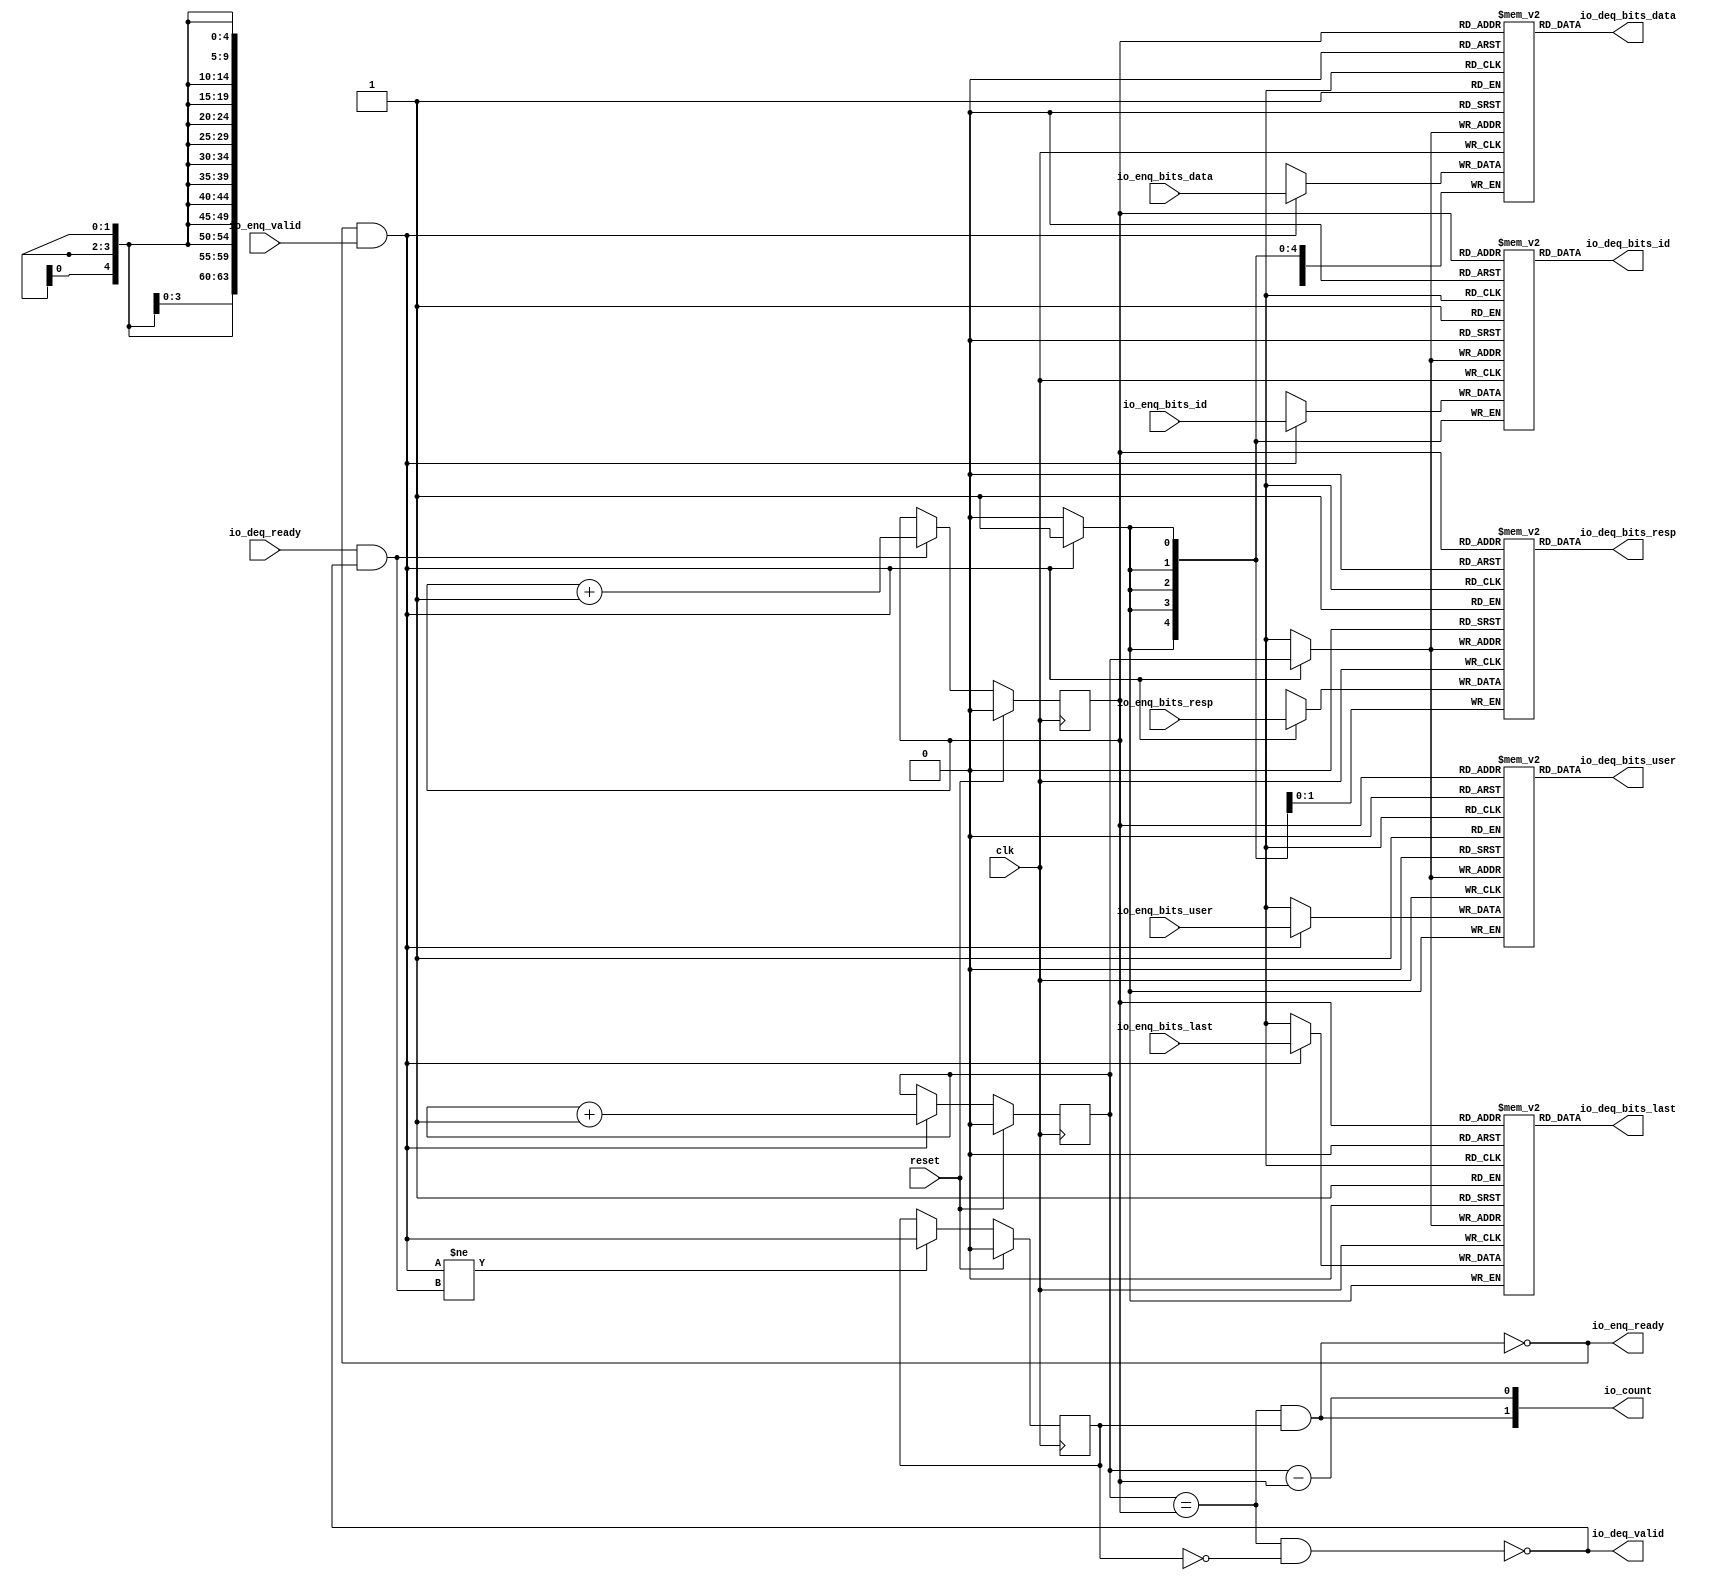
module PROC_SUBSYSTEM_CORERISCV_AXI4_0_CORERISCV_AXI4_QUEUE_13(
  input   clk,
  input   reset,
  output  io_enq_ready,
  input   io_enq_valid,
  input  [1:0] io_enq_bits_resp,
  input  [63:0] io_enq_bits_data,
  input   io_enq_bits_last,
  input  [4:0] io_enq_bits_id,
  input   io_enq_bits_user,
  input   io_deq_ready,
  output  io_deq_valid,
  output [1:0] io_deq_bits_resp,
  output [63:0] io_deq_bits_data,
  output  io_deq_bits_last,
  output [4:0] io_deq_bits_id,
  output  io_deq_bits_user,
  output [1:0] io_count
);
  `ifdef USE_REGISTERS
    reg [1:0] ram_resp [0:1] /* synthesis syn_ramstyle = "registers" */;
  `else
    reg [1:0] ram_resp [0:1];
  `endif
  reg [31:0] GEN_0;
  wire [1:0] ram_resp_T_94_data;
  wire  ram_resp_T_94_addr;
  wire  ram_resp_T_94_en;
  wire [1:0] ram_resp_T_73_data;
  wire  ram_resp_T_73_addr;
  wire  ram_resp_T_73_mask;
  wire  ram_resp_T_73_en;
  `ifdef USE_REGISTERS
    reg [63:0] ram_data [0:1] /* synthesis syn_ramstyle = "registers" */;
  `else
    reg [63:0] ram_data [0:1];
  `endif
  reg [63:0] GEN_1;
  wire [63:0] ram_data_T_94_data;
  wire  ram_data_T_94_addr;
  wire  ram_data_T_94_en;
  wire [63:0] ram_data_T_73_data;
  wire  ram_data_T_73_addr;
  wire  ram_data_T_73_mask;
  wire  ram_data_T_73_en;
  reg  ram_last [0:1];
  reg [31:0] GEN_2;
  wire  ram_last_T_94_data;
  wire  ram_last_T_94_addr;
  wire  ram_last_T_94_en;
  wire  ram_last_T_73_data;
  wire  ram_last_T_73_addr;
  wire  ram_last_T_73_mask;
  wire  ram_last_T_73_en;
  `ifdef USE_REGISTERS
    reg [4:0] ram_id [0:1] /* synthesis syn_ramstyle = "registers" */;
  `else
    reg [4:0] ram_id [0:1];
  `endif
  reg [31:0] GEN_3;
  wire [4:0] ram_id_T_94_data;
  wire  ram_id_T_94_addr;
  wire  ram_id_T_94_en;
  wire [4:0] ram_id_T_73_data;
  wire  ram_id_T_73_addr;
  wire  ram_id_T_73_mask;
  wire  ram_id_T_73_en;
  reg  ram_user [0:1];
  reg [31:0] GEN_4;
  wire  ram_user_T_94_data;
  wire  ram_user_T_94_addr;
  wire  ram_user_T_94_en;
  wire  ram_user_T_73_data;
  wire  ram_user_T_73_addr;
  wire  ram_user_T_73_mask;
  wire  ram_user_T_73_en;
  reg  T_65;
  reg [31:0] GEN_5;
  reg  T_67;
  reg [31:0] GEN_6;
  reg  maybe_full;
  reg [31:0] GEN_7;
  wire  ptr_match;
  wire  T_70;
  wire  empty;
  wire  full;
  wire  T_71;
  wire  do_enq;
  wire  T_72;
  wire  do_deq;
  wire [1:0] T_82;
  wire  T_83;
  wire  GEN_13;
  wire [1:0] T_87;
  wire  T_88;
  wire  GEN_14;
  wire  T_89;
  wire  GEN_15;
  wire  T_91;
  wire  T_93;
  wire [1:0] T_100;
  wire  ptr_diff;
  wire  T_101;
  wire [1:0] T_102;
  assign io_enq_ready = T_93;
  assign io_deq_valid = T_91;
  assign io_deq_bits_resp = ram_resp_T_94_data;
  assign io_deq_bits_data = ram_data_T_94_data;
  assign io_deq_bits_last = ram_last_T_94_data;
  assign io_deq_bits_id = ram_id_T_94_data;
  assign io_deq_bits_user = ram_user_T_94_data;
  assign io_count = T_102;
  assign ram_resp_T_94_addr = T_67;
  assign ram_resp_T_94_en = 1'h1;
  assign ram_resp_T_94_data = ram_resp[ram_resp_T_94_addr];
  assign ram_resp_T_73_data = io_enq_bits_resp;
  assign ram_resp_T_73_addr = T_65;
  assign ram_resp_T_73_mask = do_enq;
  assign ram_resp_T_73_en = do_enq;
  assign ram_data_T_94_addr = T_67;
  assign ram_data_T_94_en = 1'h1;
  assign ram_data_T_94_data = ram_data[ram_data_T_94_addr];
  assign ram_data_T_73_data = io_enq_bits_data;
  assign ram_data_T_73_addr = T_65;
  assign ram_data_T_73_mask = do_enq;
  assign ram_data_T_73_en = do_enq;
  assign ram_last_T_94_addr = T_67;
  assign ram_last_T_94_en = 1'h1;
  assign ram_last_T_94_data = ram_last[ram_last_T_94_addr];
  assign ram_last_T_73_data = io_enq_bits_last;
  assign ram_last_T_73_addr = T_65;
  assign ram_last_T_73_mask = do_enq;
  assign ram_last_T_73_en = do_enq;
  assign ram_id_T_94_addr = T_67;
  assign ram_id_T_94_en = 1'h1;
  assign ram_id_T_94_data = ram_id[ram_id_T_94_addr];
  assign ram_id_T_73_data = io_enq_bits_id;
  assign ram_id_T_73_addr = T_65;
  assign ram_id_T_73_mask = do_enq;
  assign ram_id_T_73_en = do_enq;
  assign ram_user_T_94_addr = T_67;
  assign ram_user_T_94_en = 1'h1;
  assign ram_user_T_94_data = ram_user[ram_user_T_94_addr];
  assign ram_user_T_73_data = io_enq_bits_user;
  assign ram_user_T_73_addr = T_65;
  assign ram_user_T_73_mask = do_enq;
  assign ram_user_T_73_en = do_enq;
  assign ptr_match = T_65 == T_67;
  assign T_70 = maybe_full == 1'h0;
  assign empty = ptr_match & T_70;
  assign full = ptr_match & maybe_full;
  assign T_71 = io_enq_ready & io_enq_valid;
  assign do_enq = T_71;
  assign T_72 = io_deq_ready & io_deq_valid;
  assign do_deq = T_72;
  assign T_82 = T_65 + 1'h1;
  assign T_83 = T_82[0:0];
  assign GEN_13 = do_enq ? T_83 : T_65;
  assign T_87 = T_67 + 1'h1;
  assign T_88 = T_87[0:0];
  assign GEN_14 = do_deq ? T_88 : T_67;
  assign T_89 = do_enq != do_deq;
  assign GEN_15 = T_89 ? do_enq : maybe_full;
  assign T_91 = empty == 1'h0;
  assign T_93 = full == 1'h0;
  assign T_100 = T_65 - T_67;
  assign ptr_diff = T_100[0:0];
  assign T_101 = maybe_full & ptr_match;
  assign T_102 = {T_101,ptr_diff};
`ifdef RANDOMIZE
  integer initvar;
  initial begin
    `ifndef verilator
      #0.002;
    `endif
  GEN_0 = {1{$random}};
  `ifdef RANDOMIZE
  for (initvar = 0; initvar < 2; initvar = initvar+1)
    ram_resp[initvar] = GEN_0[1:0];
  `endif
  GEN_1 = {2{$random}};
  `ifdef RANDOMIZE
  for (initvar = 0; initvar < 2; initvar = initvar+1)
    ram_data[initvar] = GEN_1[63:0];
  `endif
  GEN_2 = {1{$random}};
  `ifdef RANDOMIZE
  for (initvar = 0; initvar < 2; initvar = initvar+1)
    ram_last[initvar] = GEN_2[0:0];
  `endif
  GEN_3 = {1{$random}};
  `ifdef RANDOMIZE
  for (initvar = 0; initvar < 2; initvar = initvar+1)
    ram_id[initvar] = GEN_3[4:0];
  `endif
  GEN_4 = {1{$random}};
  `ifdef RANDOMIZE
  for (initvar = 0; initvar < 2; initvar = initvar+1)
    ram_user[initvar] = GEN_4[0:0];
  `endif
  `ifdef RANDOMIZE
  GEN_5 = {1{$random}};
  T_65 = GEN_5[0:0];
  `endif
  `ifdef RANDOMIZE
  GEN_6 = {1{$random}};
  T_67 = GEN_6[0:0];
  `endif
  `ifdef RANDOMIZE
  GEN_7 = {1{$random}};
  maybe_full = GEN_7[0:0];
  `endif
  end
`endif
  always @(posedge clk) begin
    if(ram_resp_T_73_en & ram_resp_T_73_mask) begin
      ram_resp[ram_resp_T_73_addr] <= ram_resp_T_73_data;
    end
    if(ram_data_T_73_en & ram_data_T_73_mask) begin
      ram_data[ram_data_T_73_addr] <= ram_data_T_73_data;
    end
    if(ram_last_T_73_en & ram_last_T_73_mask) begin
      ram_last[ram_last_T_73_addr] <= ram_last_T_73_data;
    end
    if(ram_id_T_73_en & ram_id_T_73_mask) begin
      ram_id[ram_id_T_73_addr] <= ram_id_T_73_data;
    end
    if(ram_user_T_73_en & ram_user_T_73_mask) begin
      ram_user[ram_user_T_73_addr] <= ram_user_T_73_data;
    end
    if(reset) begin
      T_65 <= 1'h0;
    end else begin
      if(do_enq) begin
        T_65 <= T_83;
      end
    end
    if(reset) begin
      T_67 <= 1'h0;
    end else begin
      if(do_deq) begin
        T_67 <= T_88;
      end
    end
    if(reset) begin
      maybe_full <= 1'h0;
    end else begin
      if(T_89) begin
        maybe_full <= do_enq;
      end
    end
  end
endmodule